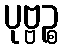
ပုဗ္ဗဉ္စ